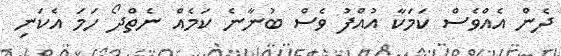
ދެން އެއްވެސް ކަމަކާ އުއްފު ވެސް ބުނާނެ ކަމެއް ނެތްދޯ ހަމަ އެކަނި